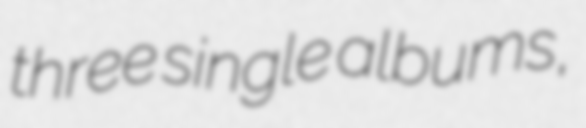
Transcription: three single albums,